Senior Leaving Certificate Examination (including Day School Certificate (Higher) General paper), 1950
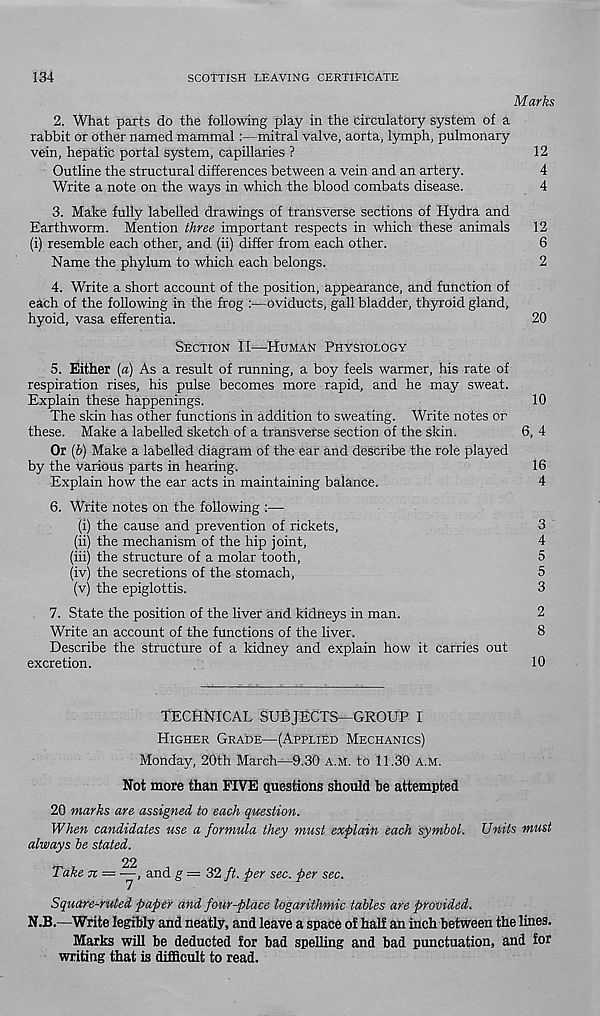
134
SCOTTISH LEAVING CERTIFICATE
Marks
2. What parts do the following play in the circulatory system of a
rabbit or other named mammal :—mitral valve, aorta, lymph, pulmonary
vein, hepatic portal system, capillaries ?
12
Outline the structural differences between a vein and an artery.
4
Write a note on the ways in which the blood combats disease.
4
3. Make fully labelled drawings of transverse sections of Hydra and
Earthworm. Mention three important respects in which these animals
12
(i) resemble each other, and (ii) differ from each other.
6
Name the phylum to which each belongs.
2
4. Write a short account of the position, appearance, and function of
each of the following in the frog :■—oviducts, gall bladder, thyroid gland,
hyoid, vasa efferentia.
20
Section II—Human Physiology
5. Either [a) As a result of running, a boy feels warmer, his rate of
respiration rises, his pulse becomes more rapid, and he may sweat.
Explain these happenings.
10
The skin has other functions in addition to sweating. Write notes or
these. Make a labelled sketch of a transverse section of the skin.
6, 4
Or (b) Make a labelled diagram of the ear and describe the role played
by the various parts in hearing.
16
Explain how the ear acts in maintaining balance.
4
6. Write notes on the following :—
(i) the cause and prevention of rickets,
3
(ii) the mechanism of the hip joint,
4
(iii) the structure of a molar tooth,
5
(iv) the secretions of the stomach,
5
(v) the epiglottis.
3
7. State the position of the liver and kidneys in man.
2
Write an account of the functions of the liver.
8
Describe the structure of a kidney and explain how it carries out
excretion.
10
TECHNICAL SUBJECTS—GROUP I
Higher Grade—(Applied Mechanics)
Monday, 20th March—9.30 a.m. to 11.30 a.m.
Not more than FIVE questions should be attempted
20 marks are assigned to each question.
When candidates use a formula they must explain each symbol. Units must
always be stated.
22
Take n = —, and g = 32 ft. per sec. per sec.
Square-ruled paper and four-place logarithmic tables are provided.
N.B.—Write legibly and neatly, and leave a space of half an inch between the lines.
Marks will be deducted for bad spelling and bad punctuation, and for
writing that is difficult to read.